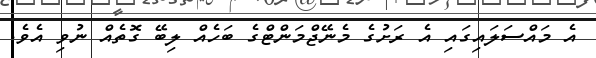
އެ މައްސަލައިގައި އެ ރަށުގެ މެނޭޖްމަންޓްގެ ބަހެއް ލިބޭ ގޮތެއް ނުވި އެވެ.